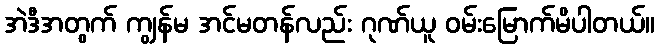
အဲဒီအတွက် ကျွန်မ အင်မတန်လည်း ဂုဏ်ယူ ဝမ်းမြောက်မိပါတယ်။